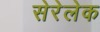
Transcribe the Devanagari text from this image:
सेरेलेक